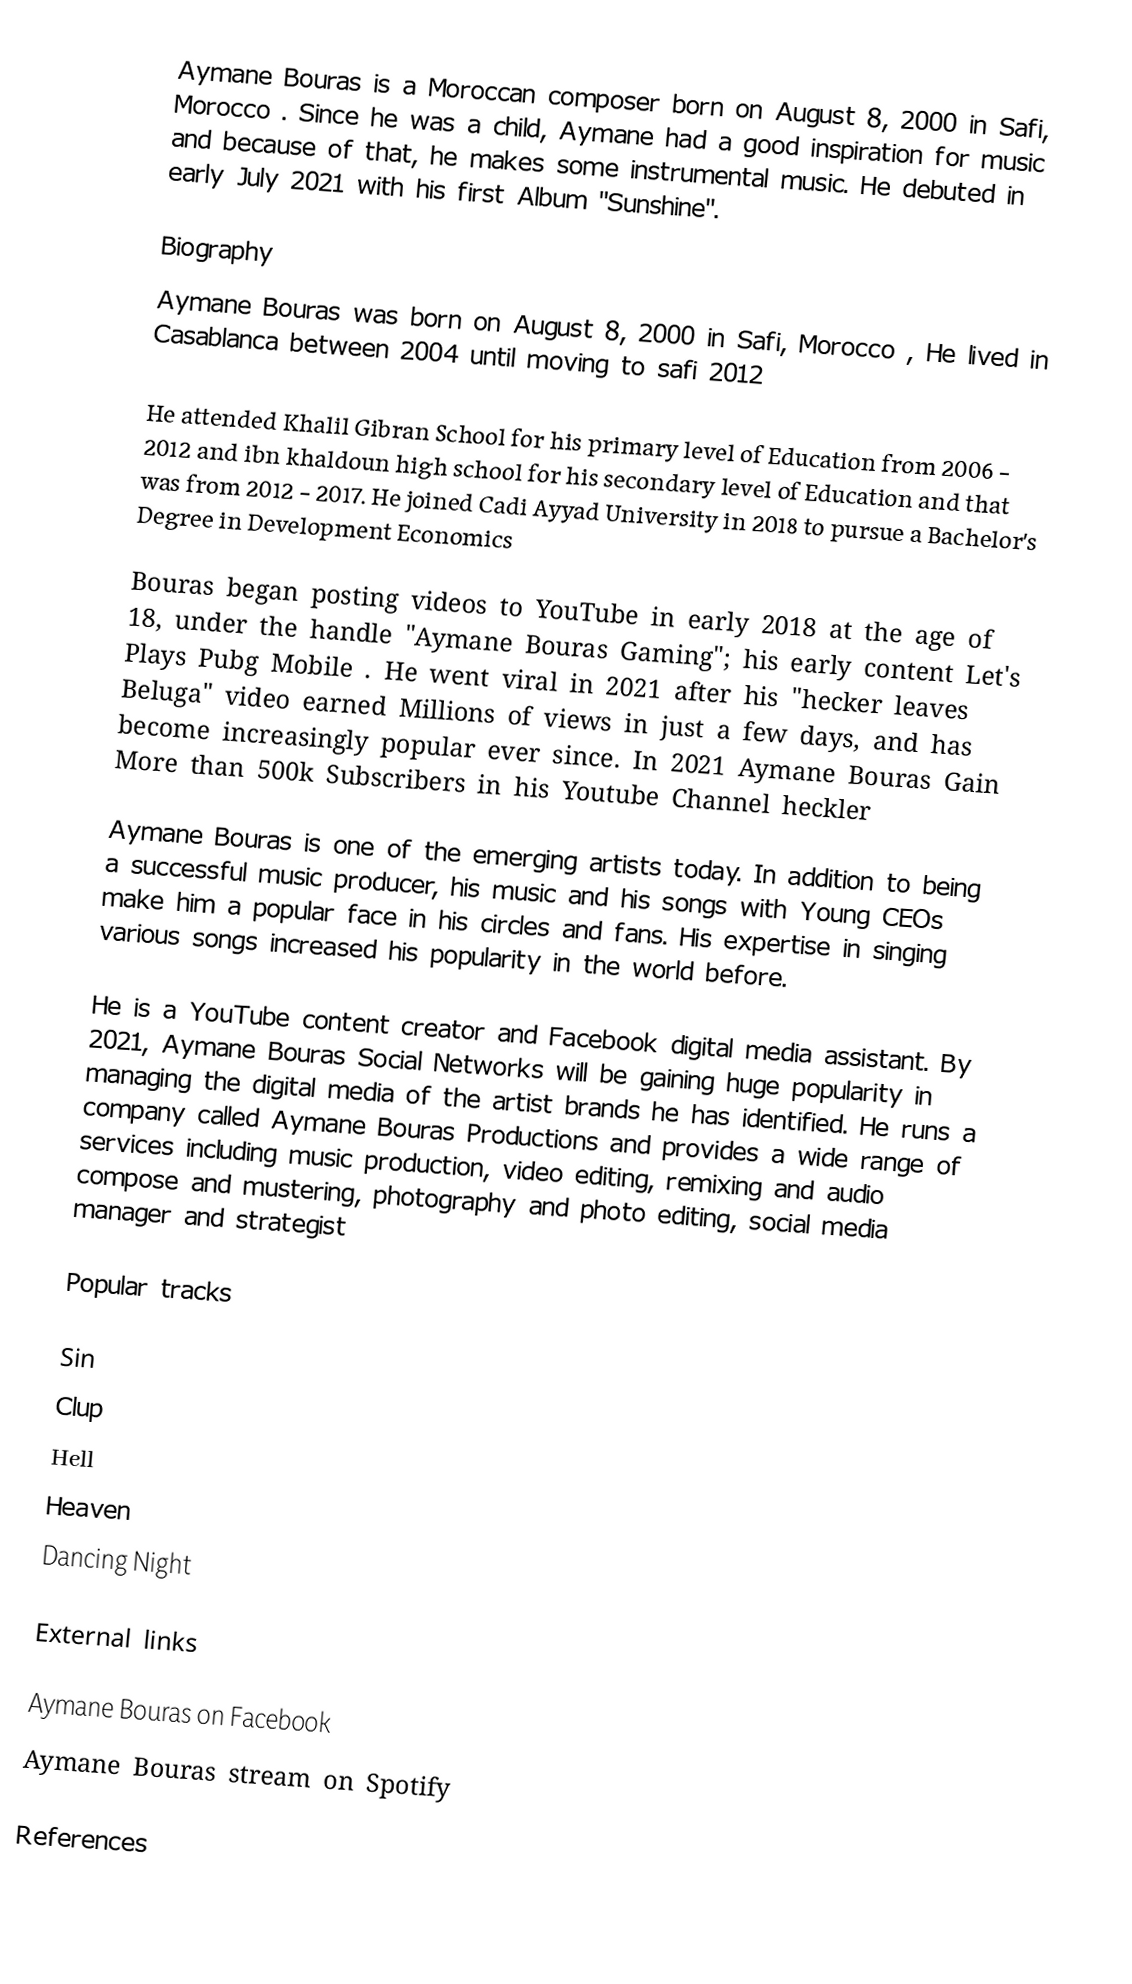
Aymane Bouras is a Moroccan composer born on August 8, 2000 in Safi, Morocco . Since he was a child, Aymane had a good inspiration for music and because of that, he makes some instrumental music. He debuted in early July 2021 with his first Album "Sunshine".

Biography
Aymane Bouras was born on August 8, 2000 in Safi, Morocco , He lived in Casablanca between 2004 until moving to safi 2012

He attended Khalil Gibran School  for his primary level of Education from 2006 - 2012 and ibn khaldoun high school for his secondary level of Education and that was from 2012 - 2017. He joined Cadi Ayyad University in 2018 to pursue a Bachelor's Degree in Development Economics

Bouras began posting videos to YouTube in early 2018 at the age of 18, under the handle "Aymane Bouras Gaming"; his early content Let's Plays Pubg Mobile . He went viral in 2021 after his "hecker leaves Beluga" video earned Millions of views in just a few days, and has become increasingly popular ever since. In 2021 Aymane Bouras Gain More than 500k Subscribers in his Youtube Channel heckler

Aymane Bouras is one of the emerging artists today. In addition to being a successful music producer, his music and his songs with Young CEOs make him a popular face in his circles and fans. His expertise in singing various songs increased his popularity in the world before.

He is a YouTube content creator and Facebook digital media assistant. By 2021, Aymane Bouras Social Networks will be gaining huge popularity in managing the digital media of the artist brands he has identified. He runs a company called Aymane Bouras Productions and provides a wide range of services including music production, video editing, remixing and audio compose and mustering, photography and photo editing, social media manager and strategist

Popular tracks

 Sin
 Clup
 Hell
 Heaven
 Dancing Night

External links

 Aymane Bouras on Facebook
 Aymane Bouras stream on Spotify

References